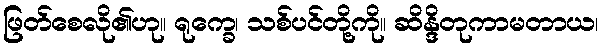
ဖြတ်စေလို၏ဟု။ ရုက္ခေ၊ သစ်ပင်တို့ကို။ ဆိန္ဒိတုကာမတာယ၊